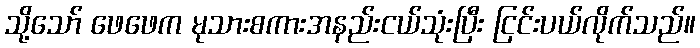
သို့သော် ဖေဖေက မုသားစကားအနည်းငယ်သုံးပြီး ငြင်းပယ်လိုက်သည်။